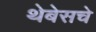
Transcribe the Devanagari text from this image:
थेबेसचे